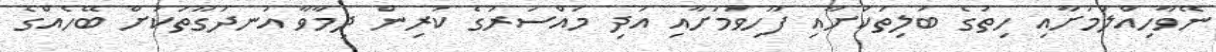
ނޭވާހިއްލުމަށާއި ހިތުގެ ބަލިތަކަށާއި ފޫހިވުމަށާއި އަދި މައްސަރުގެ ކުރިން ދިމާވާ އުނދަގޫތަކަށް ބޭހެއްގެ